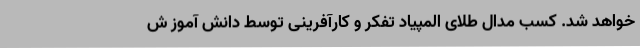
خواهد شد. کسب مدال طلای المپیاد تفکر و کارآفرینی توسط دانش آموز ش